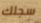
سجلك